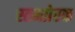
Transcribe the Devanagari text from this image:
स्तनप्रेरक